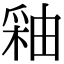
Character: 釉